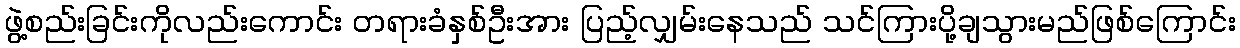
ဖွဲ့စည်းခြင်းကိုလည်းကောင်း တရားခံနှစ်ဦးအား ပြည့်လျှမ်းနေသည် သင်ကြားပို့ချသွားမည်ဖြစ်ကြောင်း